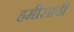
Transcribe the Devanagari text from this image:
हमीसाठी